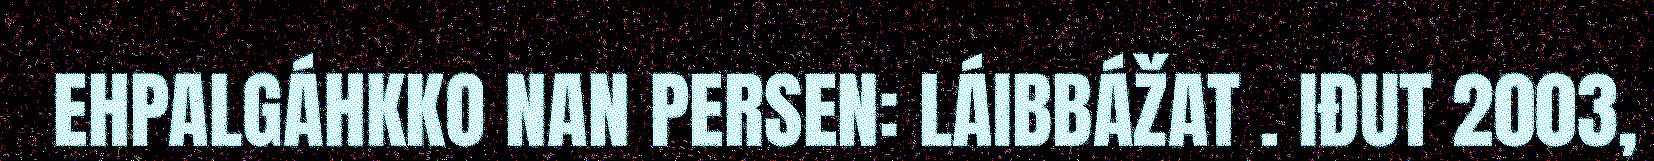
EHPALGÁHKKO NAN PERSEN: LÁIBBÁŽAT . IĐUT 2003,